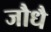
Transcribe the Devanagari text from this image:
जौधै